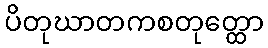
ပိတုဃာတကစတုတ္ထော